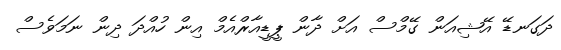
ދަގަނޑޭ އޭޝިއަން ގޭމްސް އަށް ދާން ޕީޑީއާރްއެމް އިން ހުއްދަ ދިން ނަމަވެސް